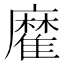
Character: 𩀪